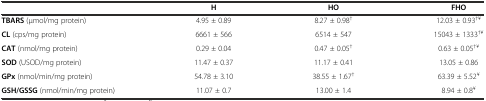
<table><thead><tr><td></td><td><b>H</b></td><td><b>HO</b></td><td><b>FHO</b></td></tr></thead><tbody><tr><td><b>TBARS</b> (μmol/mg protein)</td><td>4.95 ± 0.89</td><td>8.27 ± 0.98<sup>†</sup></td><td>12.03 ± 0.93<sup>†¥</sup></td></tr><tr><td><b>CL</b> (cps/mg protein)</td><td>6661 ± 566</td><td>6514 ± 547</td><td>15043 ± 1333<sup>†¥</sup></td></tr><tr><td><b>CAT</b> (nmol/mg protein)</td><td>0.29 ± 0.04</td><td>0.47 ± 0.05<sup>†</sup></td><td>0.63 ± 0.05<sup>†¥</sup></td></tr><tr><td><b>SOD</b> (USOD/mg protein)</td><td>11.47 ± 0.37</td><td>11.17 ± 0.41</td><td>13.05 ± 0.86</td></tr><tr><td><b>GPx</b> (nmol/min/mg protein)</td><td>54.78 ± 3.10</td><td>38.55 ± 1.67<sup>†</sup></td><td>63.39 ± 5.52<sup>¥</sup></td></tr><tr><td><b>GSH/GSSG</b> (nmol/min/mg protein)</td><td>11.07 ± 0.7</td><td>13.00 ± 1.4</td><td>8.94 ± 0.8<sup>¥</sup></td></tr></tbody></table>